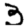
Digit: 3